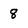
Character: 8